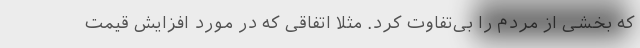
که بخشی از مردم را بی‌تفاوت کرد. مثلا اتفاقی که در مورد افزایش قیمت